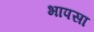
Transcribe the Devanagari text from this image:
भापसा